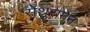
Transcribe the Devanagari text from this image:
सेथुरामन